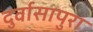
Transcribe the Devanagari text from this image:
दुर्वासापुरा